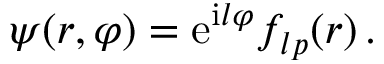
\psi ( r , \varphi ) = \mathrm { e } ^ { \mathrm { i } l \varphi } f _ { l p } ( r ) \, .